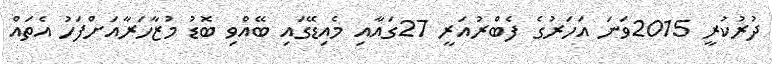
ދުރުކުރީ 2015ވަނަ އަހަރުގެ ފެބްރުއަރީ 27ގައާއި މެއިޑޭގައި ބޭއްވި ބޮޑު މުޒާހަރާއަށްފަހު އެތައް